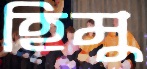
হিমু